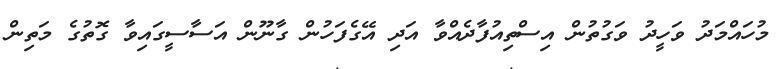
މުހައްމަދު ވަހީދު ވަގުތުން އިސްތިއުފާދެއްވާ އަދި އޭގެފަހުން ގާނޫން އަސާސީގައިވާ ގޮތުގެ މަތިން